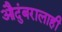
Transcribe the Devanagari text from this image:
औदुंबरालाही